Lunatic asylums Punjab 1881-1894 - 1881-1894
Year: 1881
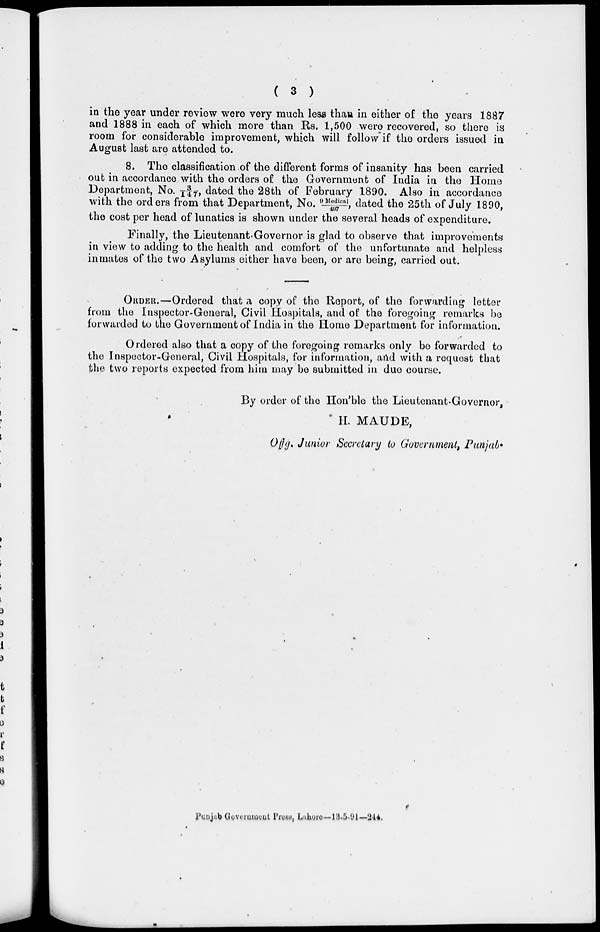
( 3 )
in the year under review were very much less than in either of the years 1887
and 1888 in each of which more than Rs. 1,500 were recovered, so there is
room for considerable improvement, which will follow if the orders issued in
August last are attended to.
8. The classification of the different forms of insanity has been carried
out in accordance with the orders of the Government of India in the Home
Department, No. 3/147, dated the 28th of February 1890. Also in accordance
with the orders from that Department, No. 9 Medi cal / 497, dated the 25th of July 1890,
the cost per head of lunatics is shown under the several heads of expenditure.
Finally, the Lieutenant-Governor is glad to observe that improvements
in view to adding to the health and comfort of the unfortunate and helpless
inmates of the two Asylums either have been, or are being, carried out.
ORDER.—Ordered that a copy of the Report, of the forwarding letter
from the Inspector-General, Civil Hospitals, and of the foregoing remarks be
forwarded to the Government of India in the Home Department for information.
Ordered also that a copy of the foregoing remarks only be forwarded to
the Inspector-General, Civil Hospitals, for information, and with a request that
the two reports expected from him may be submitted in due course.
By order of the Hon'ble the Lieutenant-Governor,
II. MAUDE,
Offg. Junior Secretary to Government, Punjab.
Punjub Government Press, Lahore—13-5-91—244.